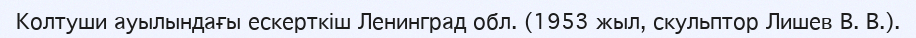
Колтуши ауылындағы ескерткіш Ленинград обл. (1953 жыл, скульптор Лишев В. В.).